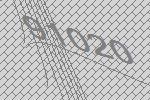
91020